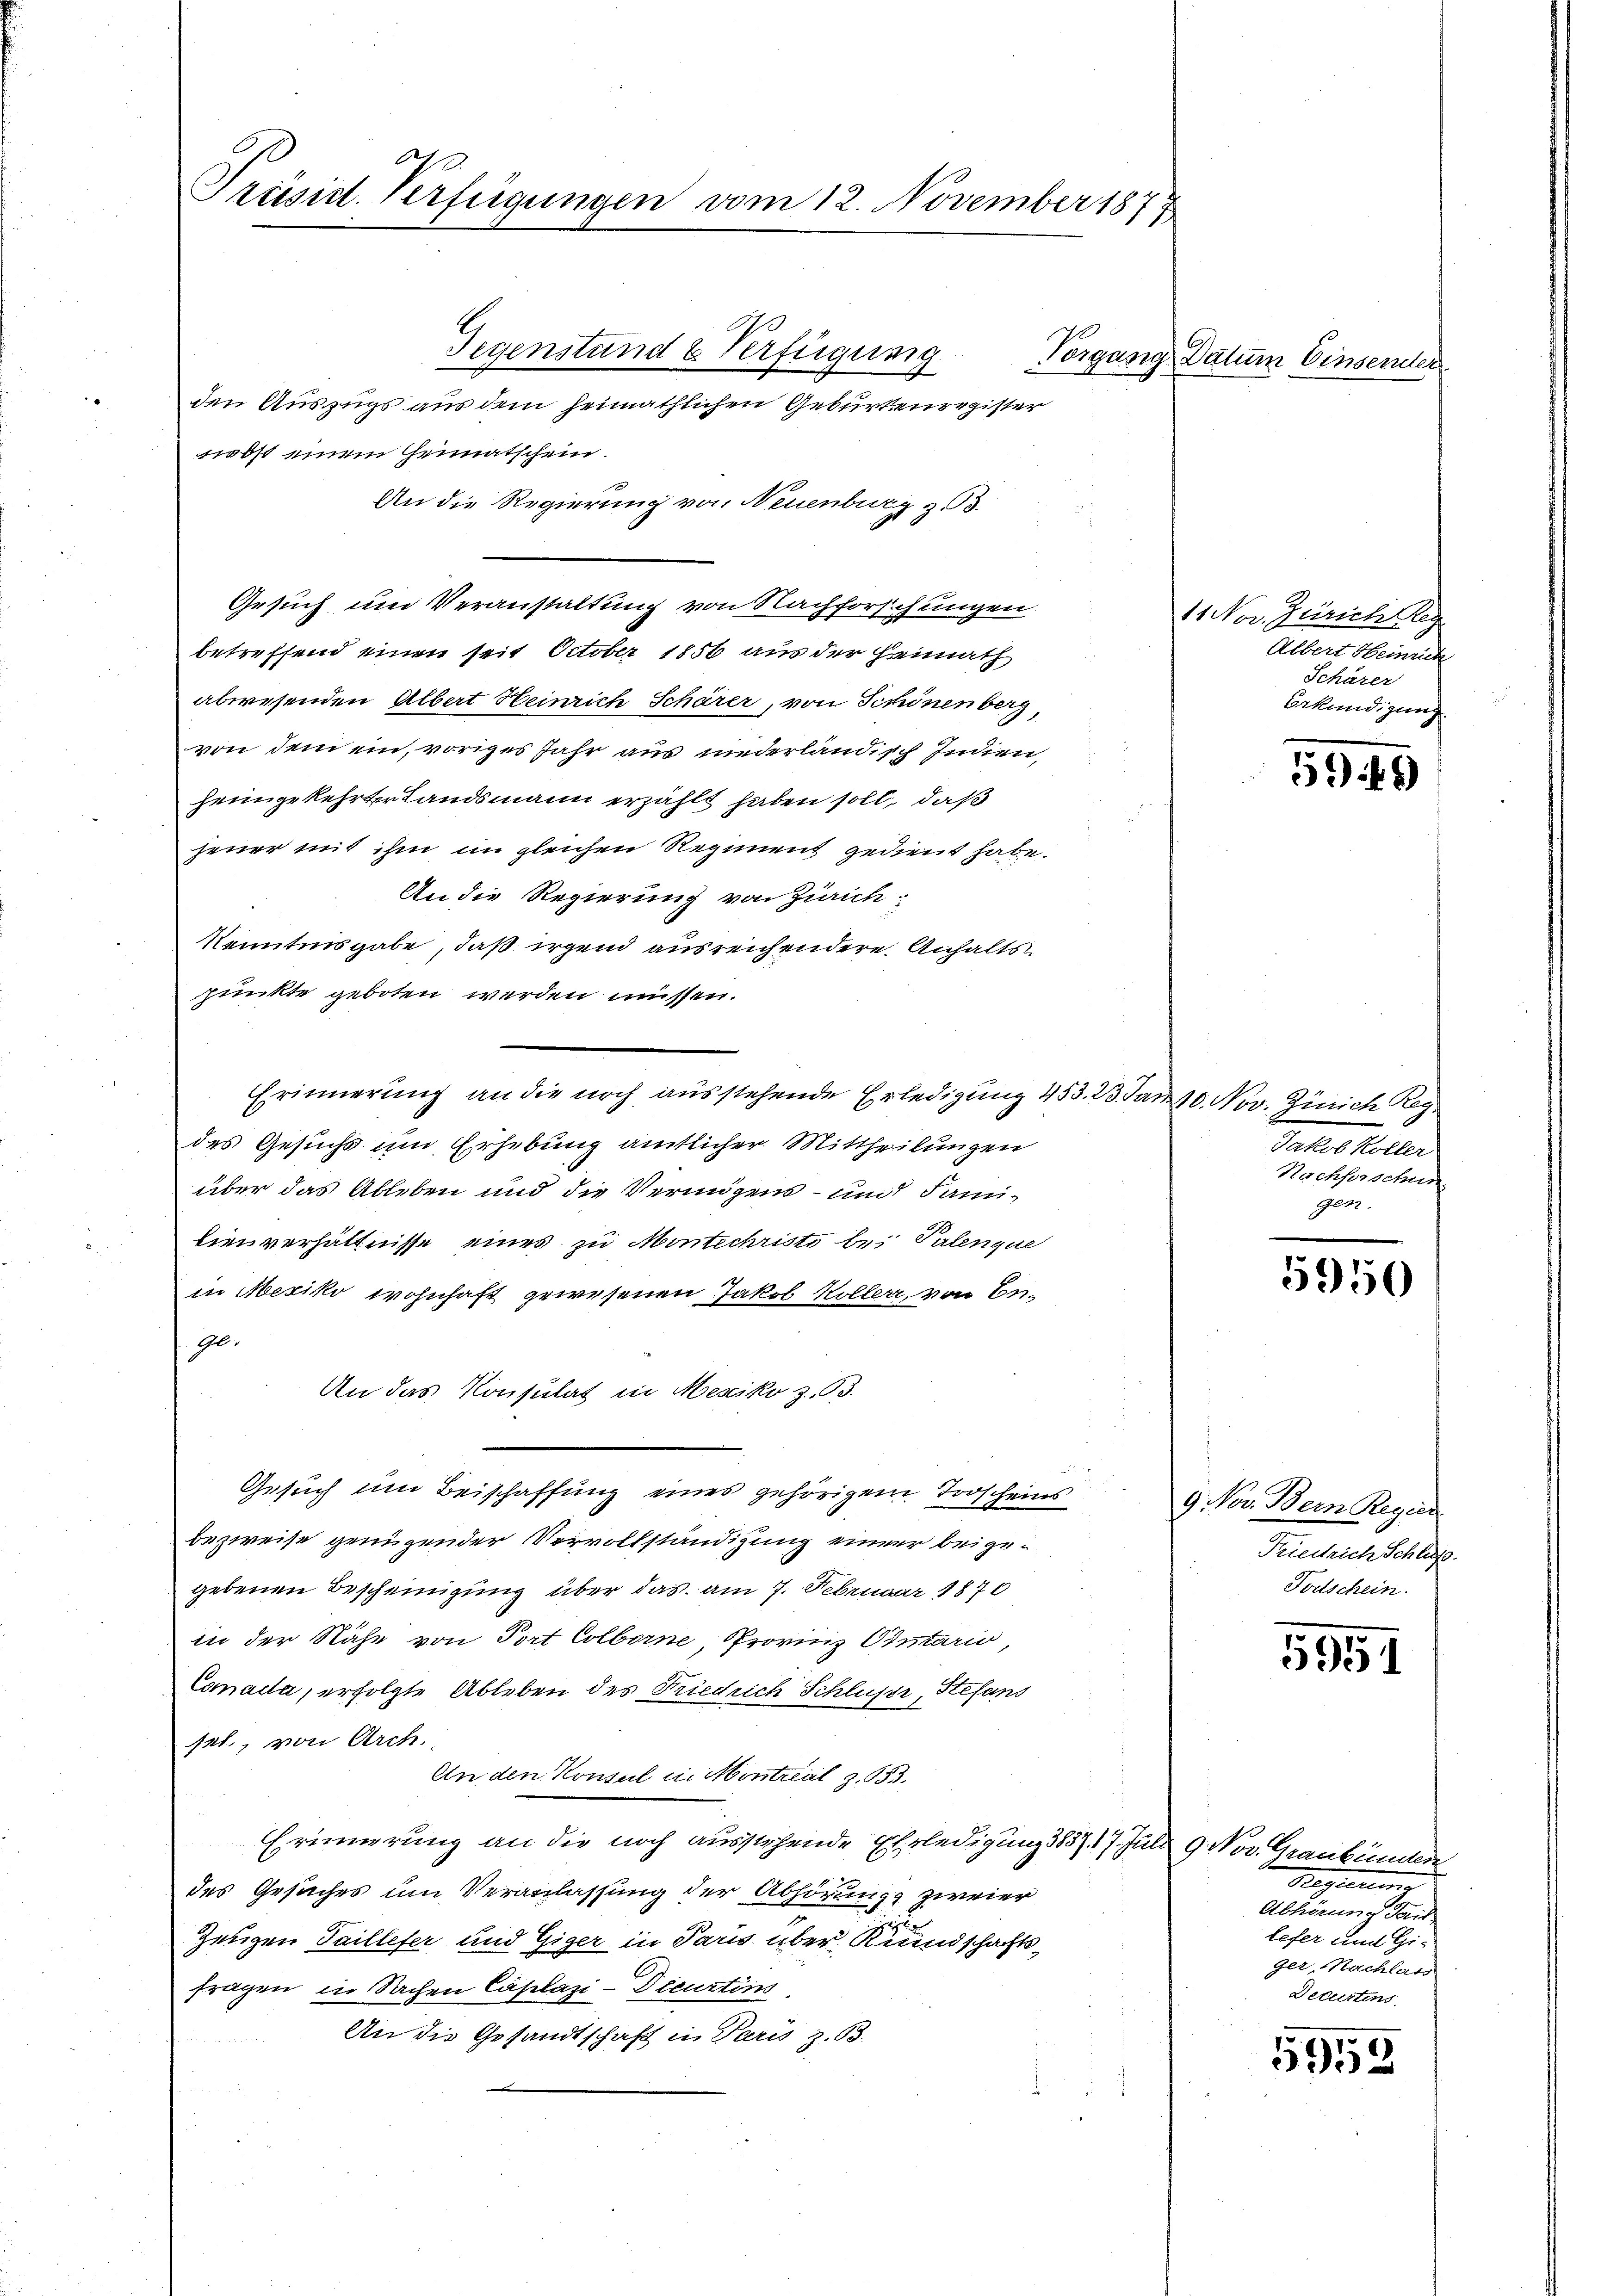
Präsid. Verfügungen vom 12. November 1877

Gegenstand & Verfügung
den Auszugs aus dem heimathlichen Geburtenregister
nobst einem Heimatschein.
An die Regierung von Neuenburg z. 3.
Gesuch und Veranstaltung von Nachforschungen
betreffend einen seit October 1856 aus der Heimath
abwesenden Albert Heinrich Schärer, von Schönenberg,
von dem ein, voriges Jahr aus niederländisch Indien,
heimgekehrterlandsmann erzählt haben soll, daß
jener mit ihm im gleichen Regiment gedient habe.
An die Regierung von Zürich:
Kenntnisgabe, daß irgend ausreichendere Anhaltspunkte geboten werden müssen.
Erinnerung an die noch ausstehende Erledigung 453. 23. Jan.
des Gesuchs und Erhebung amtlicher Mittheilungen
über das Ableben und die Vermögens – und Fami¬
Lienverhältnisse eines zu Montechriste bei Palenque
in Mexiko wohnhaft gewesenen Jakob Höller, von Be¬
Ge.
An das Konsulat in Mesiko z. B.
Gesuch um Beischaffung eines gehörigem Todscheins
bezweise genügender Vervollständigung einer beigegebenen Bescheinigung über das am 7. Februar 1870
in der Nähe von Port Colborne, Provinz Otutario,
Comada, erfolgte Ableben des Friedrich Schlusse, Stefand
pat., von Arch.
An den Konsul in Montral Z. 653.
Erinnerung an die noch ausstehende Erledigung 3837. 17. Juli 9. Nov. Graubünden
des Gesuches um Veranlassung der Abhörung zweier
Zeugen Tailleter und Giger in Paris über Rundschaftsfragen in Sachen Caplazi-Dicurtins
An die Gesandtschaft in Paris z. B.

1

Vorgang Datum Einsende

11 Nov. Zürich leg
Albert Heinrich
Schärer
Bekündigung

)6)

10. Nov. Zürich Reg
Jakob Koller
Nachforschun
Ger.

5950

9 Nov. Bern Regier
Friedrich Schluß
Fouschein.

5951

Papierte
Abhörung dar
lefer und Gi-
ger, Machlass
Detirtens,

5958